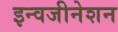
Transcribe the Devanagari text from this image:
इन्वजीनेशन